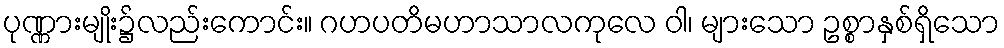
ပုဏ္ဏားမျိုး၌လည်းကောင်း။ ဂဟပတိမဟာသာလကုလေ ဝါ၊ များသော ဥစ္စာနှစ်ရှိသော